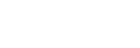
ခွင့်မပြုခဲ့ပါဘူး။